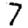
Digit: 7